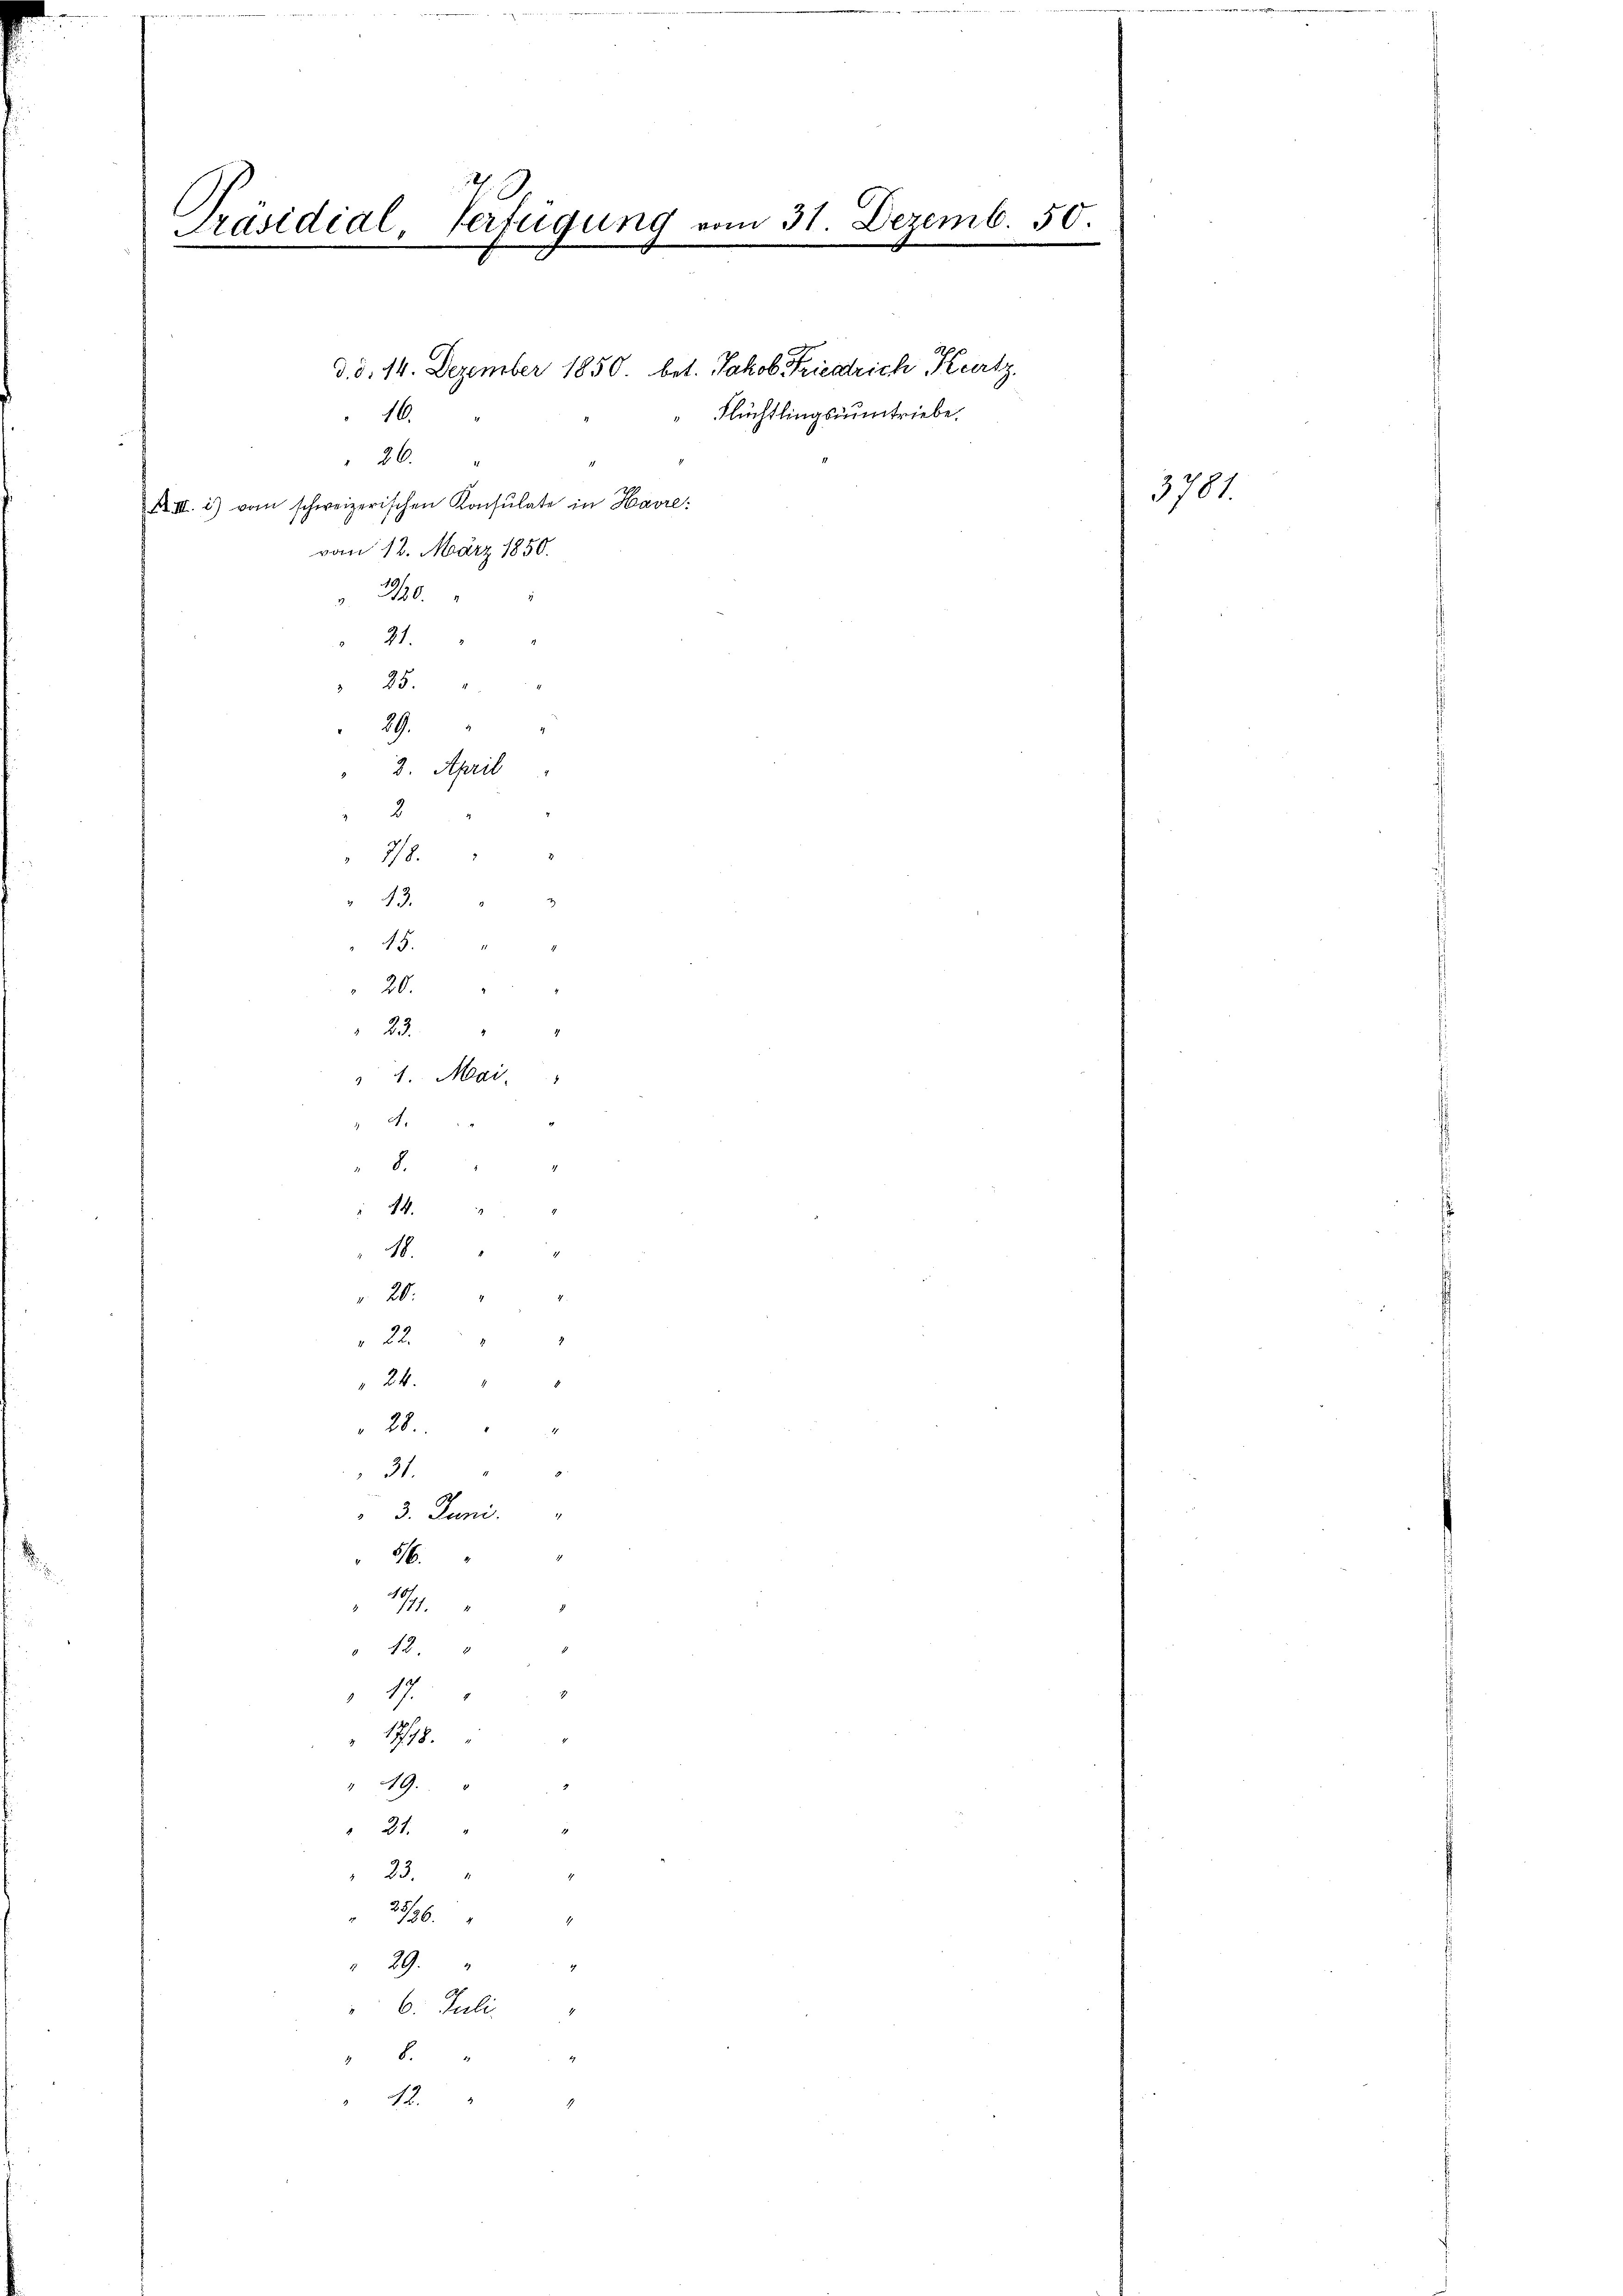
Präsidial-Verfügung vom 31. Dezemb. 50.
e
2

d. d. 14. Dezember 1850. bet. Jakob Friedrich Kertz
Flüchtlingsantriebe.
16.
26.
XII. i) vom schweizerischen Konsulate in Havre:
vom 12. März 1850.
320.
21.
 25.
29.
2. April
3
70.
43.

20.

8.
14.
18.

23.
 4. Mai
4.

20.
22
24.
28.
21.
3. Juni.
5/6.
181.
 42.
17
17.
" 49.
" 24.
23.
2236.
29.
 6. Juli.
8.

12.

3781.